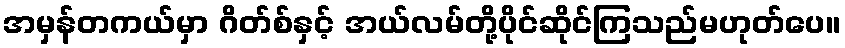
အမှန်တကယ်မှာ ဂိတ်စ်နှင့် အယ်လမ်တို့ပိုင်ဆိုင်ကြသည်မဟုတ်ပေ။